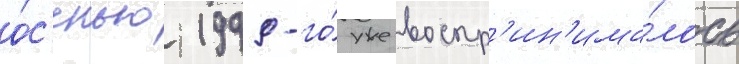
о́с'енью 1999-го́ уже воспр'ин'има́лось